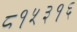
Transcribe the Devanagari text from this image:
८१५३१६